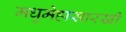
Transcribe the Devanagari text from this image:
मधुमेहासारखी